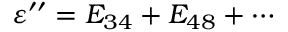
\varepsilon ^ { \prime \prime } = E _ { 3 4 } + E _ { 4 8 } + \cdots